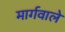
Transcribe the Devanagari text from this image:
मार्गवाले